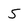
Character: 5